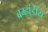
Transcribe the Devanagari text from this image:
ब्रम्हांडीय